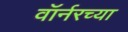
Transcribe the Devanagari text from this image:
वॉर्नरच्या